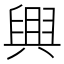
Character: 𦥷